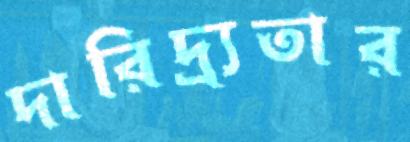
দারিদ্র্যতার